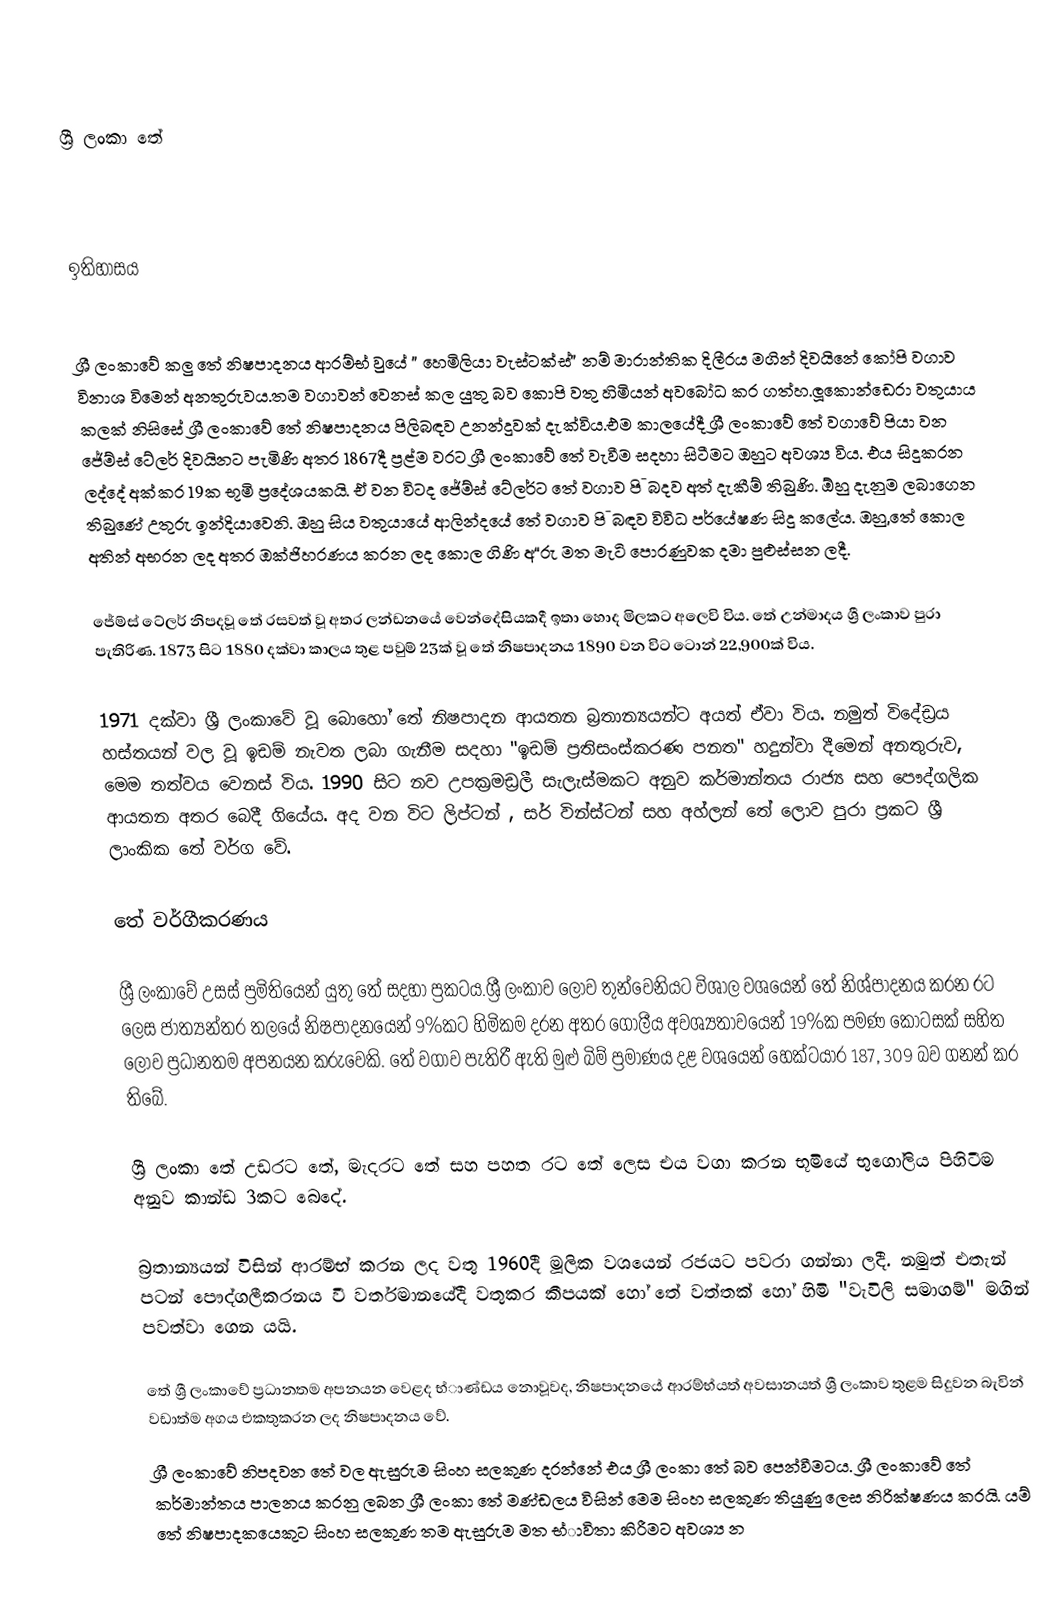

ශ්‍රී ලංකා තේ

ඉතිහාසය

ශ්‍රී ලංකාවේ කලු තේ නිෂපාදනය ආරම්භ් වුයේ ” හෙමිලියා වැස්ටක්ස්” නම් මාරාන්තික දිලීරය මගින් දිවයිනේ කෝපි වගාව විනාශ විමෙන් අනතුරුවය.තම වගාවන් වෙනස් කල යුතු බව කොපි වතු හිමියන් අවබෝධ කර ගත්හ.ලූකොන්ඩෙරා වතුයාය කලක් නිසිසේ ශ්‍රී ලංකාවේ තේ නිෂපාදනය පිලිබඳව උනන්දුවක් දැක්විය.එම කාලයේදී ශ්‍රී ලංකාවේ තේ වගාවේ පියා වන ජේම්ස් ටේලර් දිවයිනට පැමිණි අතර 1867දී ප්‍රළ්ම වරට ශ්‍රී ලංකාවේ තේ වැවීම සදහා සිටීමට ඔහුට අවශ්‍ය විය. එය සිදුකරන ලද්දේ අක්කර 19ක භූමි ප්‍රදේශයකයි. ඒ වන විටද ජේම්ස් ටේලර්ට තේ වගාව පි˜බදව අත් දැකීම් තිබුණි. ඕහු දැනුම ලබාගෙන තිබුණේ උතුරු ඉන්දියාවෙනි. ඔහු සිය වතුයායේ ආලින්දයේ තේ වගාව පි˜බඳව විවිධ පර්යේෂණ සිදු කලේය. ඔහු,තේ කොල අතින් අභරන ලද අතර ඔක්ජිහරණය කරන ලද කොල ගිණි අ“රු මත මැටි පොරණුවක දමා පුළුස්සන ලදී.

ජේම්ස් ටේලර් නිපදවූ තේ රසවත් වූ අතර ලන්ඩනයේ වෙන්දේසියකදී ඉතා හොද මිලකට අලෙවි විය. තේ උන්මාදය ශ්‍රී ලංකාව පුරා පැතිරිණ. 1873 සිට 1880 දක්වා කාලය තුළ පවුම් 23ක් වූ තේ නිෂපාදනය 1890 වන විට ටොන් 22,900ක් විය.

1971 දක්වා ශ්‍රී ලංකාවේ වූ බොහෝ තේ නිෂපාදන ආයතන බ්‍රතාන්‍යයන්ට අයත් ඒවා විය. නමුත් විදේඩ්‍රය හස්තයන් වල වූ ඉඩම් නැවත ලබා ගැනීම සදහා "ඉඩම් ප්‍රතිසංස්කරණ පනත" හදුන්වා දීමෙන් අනතුරුව, මෙම තත්වය වෙනස් විය. 1990 සිට නව උපක්‍රමඩ්‍රලී සැලැස්මකට අනුව කර්මාන්තය රාජ්‍ය සහ පෞද්ගලික ආයතන අතර බෙදී ගියේය. අද වන විට ලිප්ටන් , සර් වින්ස්ටන් සහ අහ්ලන් තේ ලොව පුරා ප්‍රකට ශ්‍රී ලාංකික තේ වර්ග වේ.

තේ වර්ගීකරණය

ශ්‍රී ලංකාවේ උසස් ප්‍රමිතියෙන් යුතු තේ සදහා ප්‍රකටය.ශ්‍රී ලංකාව ලොව තුන්වෙනියට විශාල වශයෙන් තේ නිශ්පාදනය කරන රට ලෙස ජාත්‍යන්තර තලයේ නිෂපාදනයෙන් 9%කට හිමිකම දරන අතර ගෝලීය අවශ්‍යතාවයෙන් 19%ක පමණ කොටසක් සහිත ලොව ප්‍රධානතම අපනයන කරුවෙකි. තේ වගාව පැතිරී ඇති මුළු බිම් ප්‍රමාණය දළ වශයෙන් හෙක්ටයාර 187, 309 බව ගනන් කර තිබේ.

ශ්‍රී ලංකා තේ උඩරට තේ, මැදරට තේ සහ පහත රට තේ ලෙස එය වගා කරන භූමියේ භුගෝලිය පිහිටීම අනුව කාන්ඩ 3කට බෙදේ.

බ්‍රතාන්‍යයන් විසින් ආරම්භ් කරන ලද වතු 1960දී මූලික වශයෙන් රජයට පවරා ගන්නා ලදී. නමුත් එතැන් පටන් පෞද්ගලීකරනය වී වර්තමානයේදී වතුකර කීපයක් හෝ තේ වත්තක් හෝ හිමි "වැවිලි සමාගම්" මගින් පවත්වා ගෙන යයි.

තේ ශ්‍රී ලංකාවේ ප්‍රධානතම අපනයන වෙළද භ්ාණ්ඩය නොවූවද, නිෂපාදනයේ ආරම්භ්යත් අවසානයත් ශ්‍රී ලංකාව තුළම සිදුවන බැවින් වඩාත්ම අගය එකතුකරන ලද නිෂපාදනය වේ.
ශ්‍රී ලංකාවේ නිපදවන තේ වල ඇසුරුම සිංහ සලකුණ දරන්නේ එය ශ්‍රී ලංකා තේ බව පෙන්වීමටය. ශ්‍රී ලංකාවේ තේ කර්මාන්තය පාලනය කරනු ලබන ශ්‍රී ලංකා තේ මණ්ඩලය විසින් මෙම සිංහ සලකුණ තියුණු ලෙස නිරික්ෂණය කරයි. යම් තේ නිෂපාදකයෙකුට සිංහ සලකුණ තම ඇසුරුම මත භ්ාවිතා කිරීමට අවශ්‍ය න